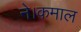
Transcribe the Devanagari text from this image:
ने।कमाल